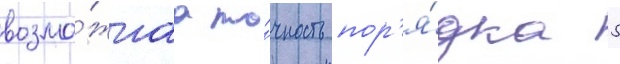
возмо́жнаа то́чность пор'я́дка 5